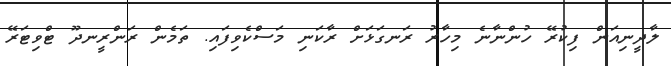
ލާދީނިއަން ފިކުރޭ ހުންނާނެ މިހާރު ރަނގަޅަށް ރާކަނި މަސްކެވިފައި. ތަމެން ރަންރީނދޫ ޓްވިޓަރޭ